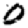
Digit: 0